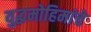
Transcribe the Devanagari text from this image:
युद्धमोहिमांचे